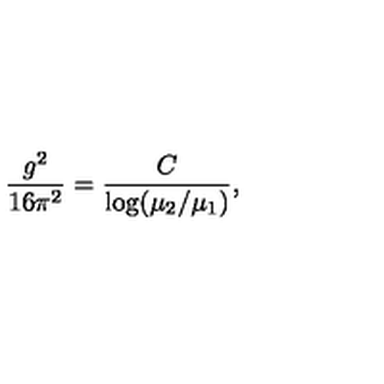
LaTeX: \frac { g ^ { 2 } } { 1 6 \pi ^ { 2 } } = \frac { C } { \log ( \mu _ { 2 } / \mu _ { 1 } ) } ,